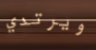
ويرتدي